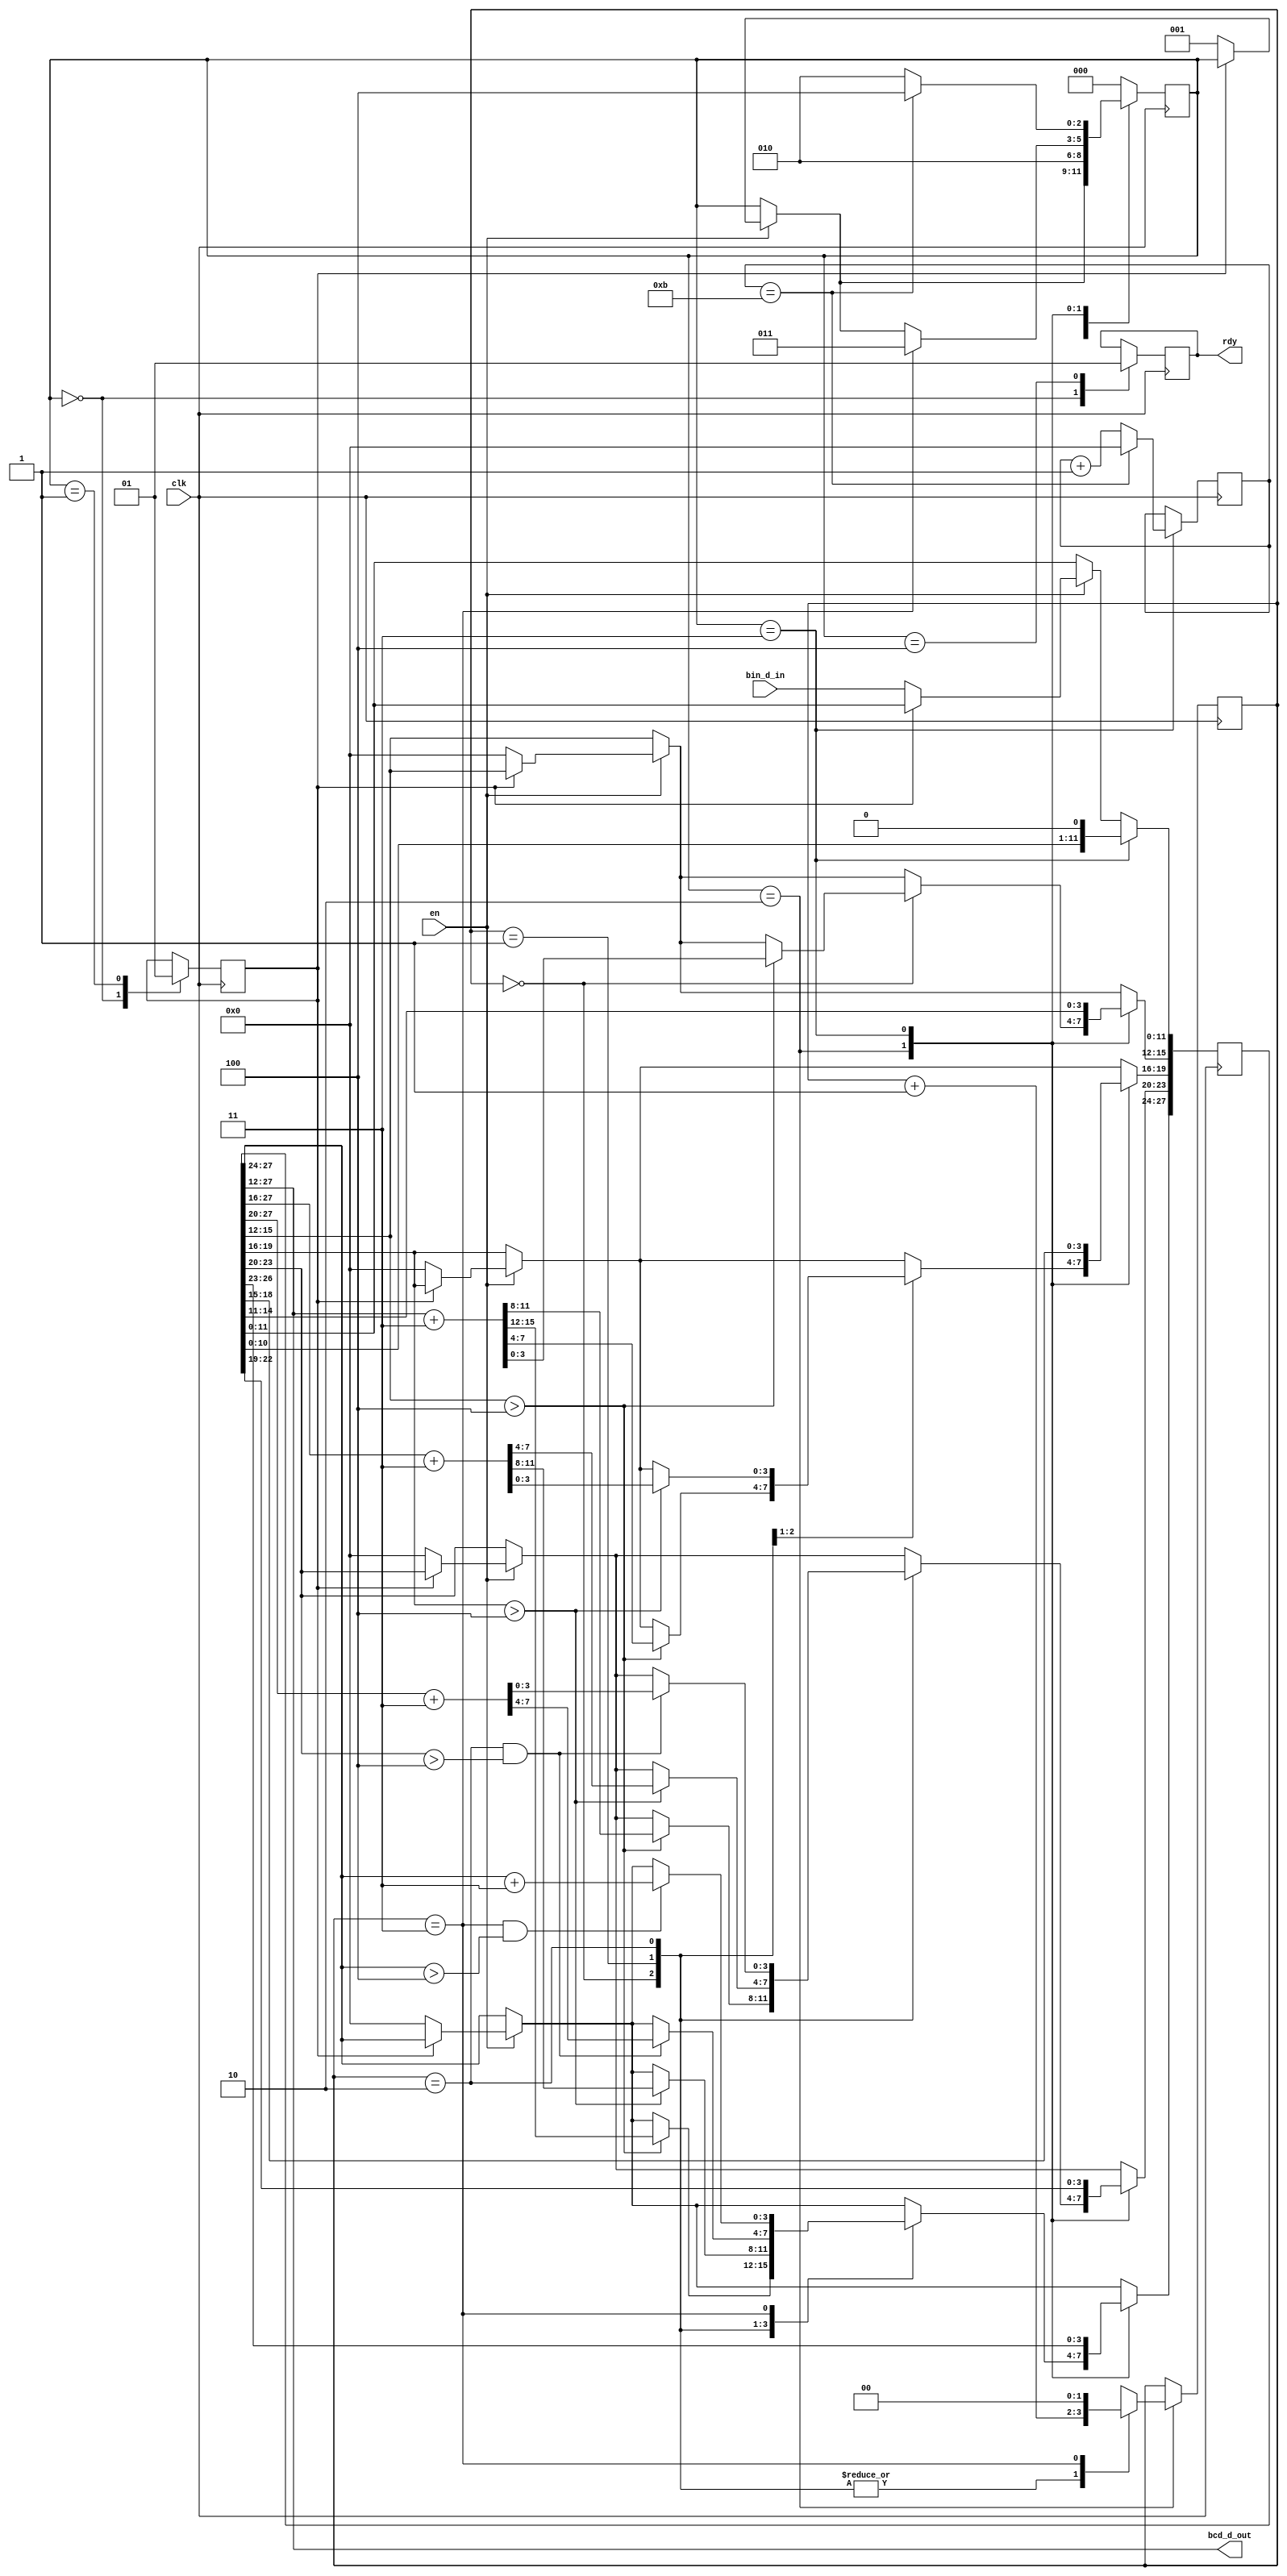
`timescale 1ns / 1ps
//////////////////////////////////////////////////////////////////////////////////
// Company: 
// Engineer: 
// 
// Design Name: 
// Module Name: BCDConvert
// Project Name: 
// Target Devices: 
// Tool Versions: 
// Description: 
// 
// Dependencies: 
// 
// Revision:
// Revision 0.01 - File Created
// Additional Comments:
// 
//////////////////////////////////////////////////////////////////////////////////


module BCDConvert(
    input           clk,
    input           en,
    input   [11:0]  bin_d_in,
    output  [15:0]  bcd_d_out,
    output          rdy
    );
    
    //State variables
    parameter IDLE      = 3'b000;
    parameter SETUP     = 3'b001;
    parameter ADD       = 3'b010;
    parameter SHIFT     = 3'b011;
    parameter DONE      = 3'b100;
    
    //reg [11:0]  bin_data    = 0;
    reg [27:0]  bcd_data    = 0;
    reg [2:0]   state       = 0;
    reg         busy        = 0;
    reg [3:0]   sh_counter  = 0;
    reg [1:0]   add_counter = 0;
    reg         result_rdy  = 0;
    
    
    always @(posedge clk)
        begin
        if(en)
            begin
                if(~busy)
                    begin
                    bcd_data    <= {16'b0, bin_d_in};
                    state       <= SETUP;
                    end
            end
        
        case(state)
        
            IDLE:
                begin
                    result_rdy  <= 0;
                    busy        <= 0;
                end
                
            SETUP:
                begin
                busy        <= 1;
                state       <= ADD;
                end
                    
            ADD:
                begin
                
                case(add_counter)
                    0:
                        begin
                        if(bcd_data[15:12] > 4)
                            begin
                                bcd_data[27:12] <= bcd_data[27:12] + 3;
                            end
                            add_counter <= add_counter + 1;
                        end
                    
                    1:
                        begin
                        if(bcd_data[19:16] > 4)
                            begin
                                bcd_data[27:16] <= bcd_data[27:16] + 3;
                            end
                            add_counter <= add_counter + 1;
                        end
                        
                    2:
                        begin
                        if((add_counter == 2) && (bcd_data[23:20] > 4))
                            begin
                                bcd_data[27:20] <= bcd_data[27:20] + 3;
                            end
                            add_counter <= add_counter + 1;
                        end
                        
                    3:
                        begin
                        if((add_counter == 3) && (bcd_data[27:24] > 4))
                            begin
                                bcd_data[27:24] <= bcd_data[27:24] + 3;
                            end
                            add_counter <= 0;
                            state   <= SHIFT;
                        end
                    endcase
                end
                
            SHIFT:
                begin
                sh_counter  <= sh_counter + 1;
                bcd_data    <= bcd_data << 1;
                
                if(sh_counter == 11)
                    begin
                    sh_counter  <= 0;
                    state       <= DONE;
                    end
                else
                    begin
                    state   <= ADD;
                    end

                end
 
            
            DONE:
                begin
                result_rdy  <= 1;
                state       <= IDLE;
                end
            default:
                begin
                state <= IDLE;
                end
            
            endcase
            
        end
    assign bcd_d_out    = bcd_data[27:12];
    assign rdy          = result_rdy;
endmodule